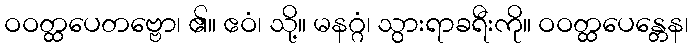
ဝဝတ္ထပေတဗ္ဗော၊ ၏။ ဧဝံ၊ သို့။ မနဂ္ဂံ၊ သွားရာခရီးကို။ ဝဝတ္ထပေန္တေန၊